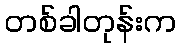
တစ်ခါတုန်းက